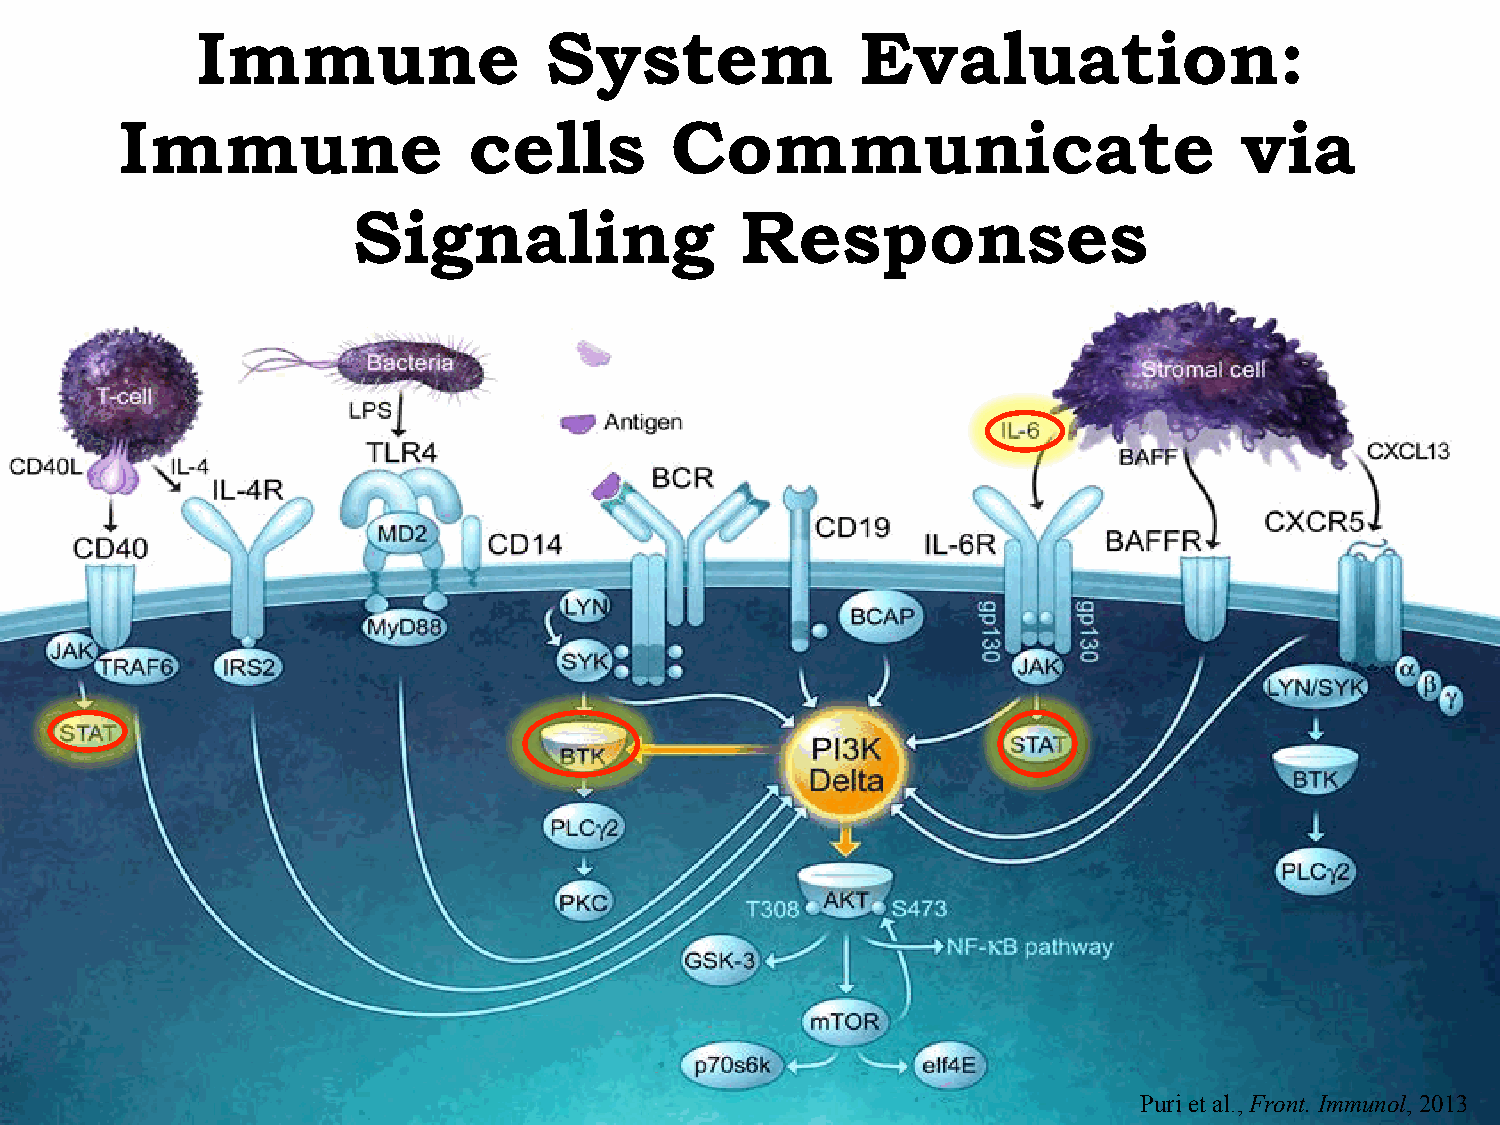
Immune                 System               Evaluation:
 Immune                 cells        Communicate                           via
 Signaling                 Responses
 Puri et al., Front. Immunol, 2013